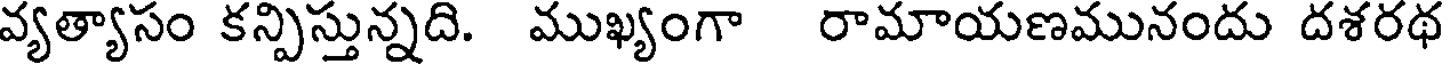
వ్యత్యాసం కన్పిస్తున్నది. ముఖ్యంగా రామాయణమునందు దశరథ